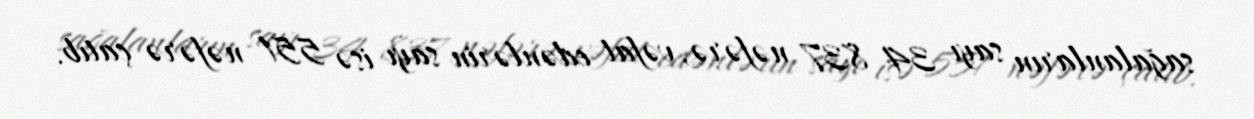
sağalanların sayı 34 837 nəfərə, vəfat edənlərin sayı isə 551 nəfərə çatıb.